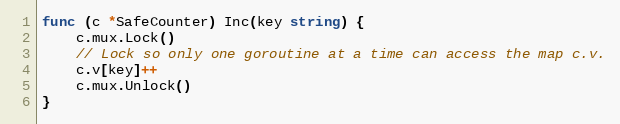
Language: Go
func (c *SafeCounter) Inc(key string) {
	c.mux.Lock()
	// Lock so only one goroutine at a time can access the map c.v.
	c.v[key]++
	c.mux.Unlock()
}